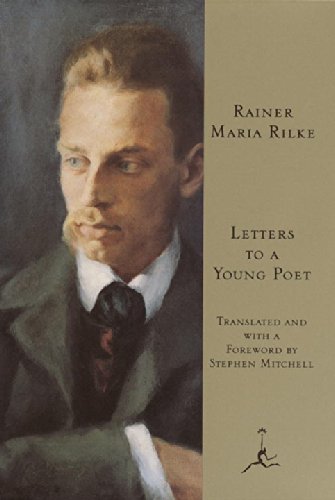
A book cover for Letters to a Young Poet (Modern Library); Rainer Maria Rilke; Literature & Fiction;